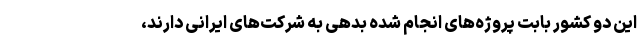
این دو کشور بابت پروژه‌های انجام شده بدهی به شرکت‌های ایرانی دارند،